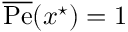
\overline { \mathrm { P e } } ( x ^ { \star } ) = 1